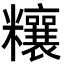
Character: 𥽬